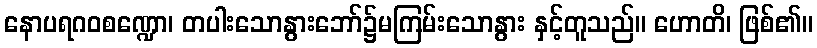
နောပရဂဝစဏ္ဍော၊ တပါးသောနွားဘော်၌မကြမ်းသောနွား နှင့်တူသည်။ ဟောတိ၊ ဖြစ်၏။